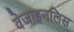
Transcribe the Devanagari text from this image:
वेजाइनलिस